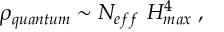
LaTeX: \rho _ { q u a n t u m } \sim N _ { e f f } ~ H _ { m a x } ^ { 4 } \; ,